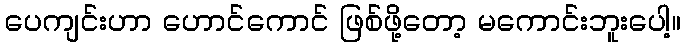
ပေကျင်းဟာ ဟောင်ကောင် ဖြစ်ဖို့တော့ မကောင်းဘူးပေါ့။